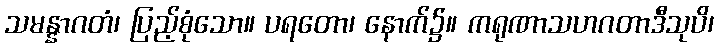
သမန္နာဂတံ၊ ပြည့်စုံသော။ ပရတော၊ နောက်၌။ ကရုဏာသဟဂတာဒီသုပိ၊